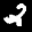
Label: 2